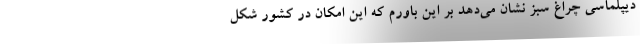
دیپلماسی چراغ سبز نشان می‌دهد بر این باورم که این امکان در کشور شکل